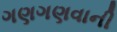
ગણગણવાની